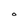
Character: O